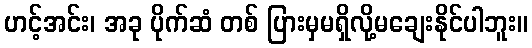
ဟင့်အင်း၊ အခု ပိုက်ဆံ တစ် ပြားမှမရှိလို့မချေးနိုင်ပါဘူး။